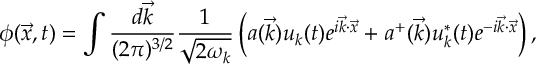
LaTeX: \phi ( \vec { x } , t ) = \int \frac { d \vec { k } } { ( 2 \pi ) ^ { 3 / 2 } } \frac { 1 } { \sqrt { 2 \omega _ { k } } } \left( a ( \vec { k } ) u _ { k } ( t ) e ^ { i \vec { k } \cdot \vec { x } } + a ^ { + } ( \vec { k } ) u _ { k } ^ { * } ( t ) e ^ { - i \vec { k } \cdot \vec { x } } \right) ,